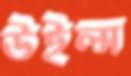
উইল্স